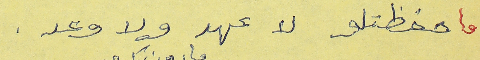
ما حفظتلو لا عهد ولا وعد